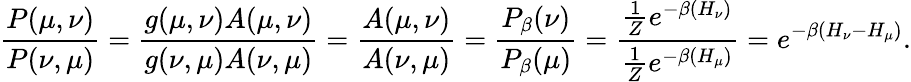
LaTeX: {\frac{P(\mu,\nu)}{P(\nu,\mu)}}={\frac{g(\mu,\nu)A(\mu,\nu)}{g(\nu,\mu)A(\nu,\mu)}}={\frac{A(\mu,\nu)}{A(\nu,\mu)}}={\frac{P_{\beta}(\nu)}{P_{\beta}(\mu)}}={\frac{{\frac{1}{Z}}e^{-\beta(H_{\nu})}}{{\frac{1}{Z}}e^{-\beta(H_{\mu})}}}=e^{-\beta(H_{\nu}-H_{\mu})}.